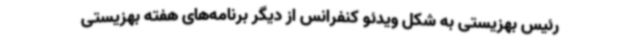
رئیس بهزیستی به شکل ویدئو کنفرانس از دیگر برنامه‌های هفته بهزیستی